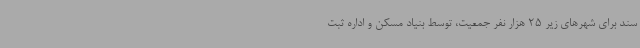
سند برای شهرهای زیر 25 هزار نفر جمعیت، توسط بنیاد مسکن و اداره ثبت